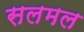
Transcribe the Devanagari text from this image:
सलमल